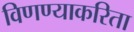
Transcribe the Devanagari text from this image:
विणण्याकरिता